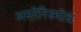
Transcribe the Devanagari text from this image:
अस्तेरिस्मोस